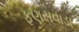
ફણસવાડા